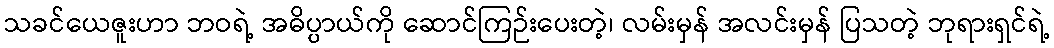
သခင်ယေဇူးဟာ ဘဝရဲ့ အဓိပ္ပာယ်ကို ဆောင်ကြဉ်းပေးတဲ့၊ လမ်းမှန် အလင်းမှန် ပြသတဲ့ ဘုရားရှင်ရဲ့